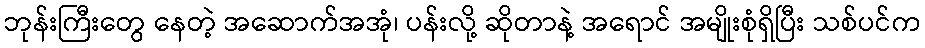
ဘုန်းကြီးတွေ နေတဲ့ အဆောက်အအုံ၊ ပန်းလို့ ဆိုတာနဲ့ အရောင် အမျိုးစုံရှိပြီး သစ်ပင်က